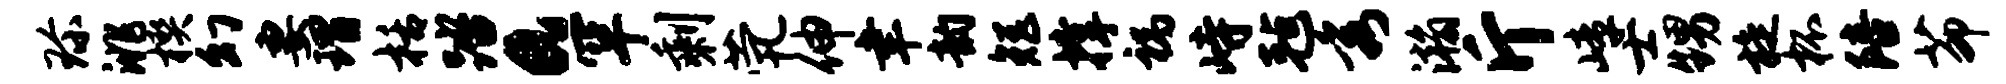
珍洮楔幻妻瑁栝踏a罕剩茕伸聿韵矩撑祸峙毡秀瀚斤嶂士甥旋杯陪茆